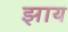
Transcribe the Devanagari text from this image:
झाय